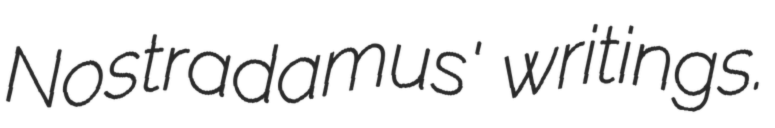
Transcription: Nostradamus' writings.